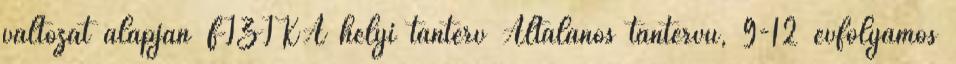
változat alapján FIZIKA helyi tanterv Általános tantervű, 9-12 évfolyamos